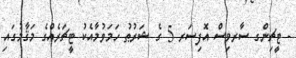
- ޓީޗިންގ ސާރވިސް އޮފިސަރ 5 ގެ ޝަރުޠު ހަމަވުމާއެކު ޓީޗަރެއްގެ މަޤާމުގައި